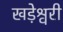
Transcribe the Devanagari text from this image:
खड़ेश्वरी